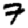
Digit: 7